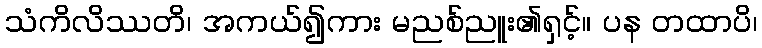
သံကိလိဿတိ၊ အကယ်၍ကား မညစ်ညူး၏ရှင့်။ ပန တထာပိ၊